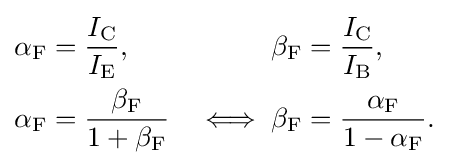
{\begin{aligned}\alpha _{\text{F}}&={\frac {I_{\text{C}}}{I_{\text{E}}}},&\beta _{\text{F}}&={\frac {I_{\text{C}}}{I_{\text{B}}}},\\\alpha _{\text{F}}&={\frac {\beta _{\text{F}}}{1+\beta _{\text{F}}}}&\iff \beta _{\text{F}}&={\frac {\alpha _{\text{F}}}{1-\alpha _{\text{F}}}}.\end{aligned}}